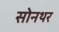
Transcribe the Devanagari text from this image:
सोनथर